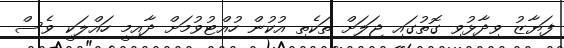
ފަޔާޒު ވިދާޅުވި ގޮތުގައި ޖަލަށް ތަކެތި އުކުން ހުއްޓުވުމަށް ދާއިމީ ހައްލަކީ ވެސް